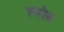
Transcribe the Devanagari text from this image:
ह्होत